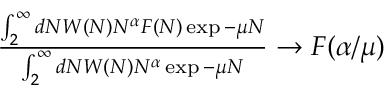
\begin{array} { r } { \frac { \int _ { 2 } ^ { \infty } d N W ( N ) N ^ { \alpha } F ( N ) \exp { - \mu N } } { \int _ { 2 } ^ { \infty } d N W ( N ) N ^ { \alpha } \exp { - \mu N } } \to F ( \alpha / \mu ) } \end{array}